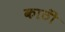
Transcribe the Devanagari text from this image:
काठीं